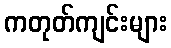
ကတုတ်ကျင်းများ